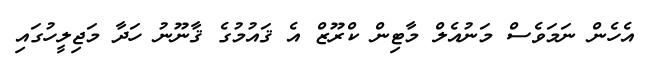
އެހެން ނަމަވެސް މަނުއެލް މާޓިން ކްރޫޒް އެ ޤައުމުގެ ޤާނޫނު ހަދާ މަޖިލީހުގައި